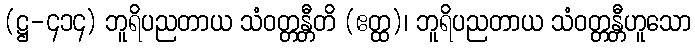
(ဋ္ဌ-၄၁၄) ဘူရိပညတာယ သံဝတ္တန္တီတိ (ဧတ္ထ)၊ ဘူရိပညတာယ သံဝတ္တန္တီဟူသော